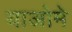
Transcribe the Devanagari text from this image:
याओमे